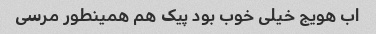
اب هویج خیلی خوب بود پیک هم همینطور مرسی